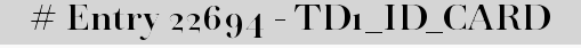
# Entry 22694 - TD1_ID_CARD